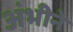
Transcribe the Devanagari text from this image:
अंभीने